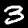
Digit: 3